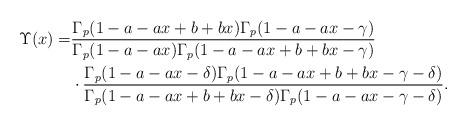
LaTeX: \begin{align*}\Upsilon(x)=&\frac{\Gamma_p(1-a-ax+b+bx)\Gamma_p(1-a-ax-\gamma)}{\Gamma_p(1-a-ax)\Gamma_p(1-a-ax+b+bx-\gamma)}\\&\cdot\frac{\Gamma_p(1-a-ax-\delta)\Gamma_p(1-a-ax+b+bx-\gamma-\delta)} {\Gamma_p(1-a-ax+b+bx-\delta)\Gamma_p(1-a-ax-\gamma-\delta)}.\end{align*}